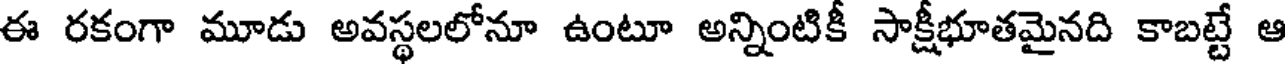
ఈ రకంగా మూడు అవస్థలలోనూ ఉంటూ అన్నింటికీ సాక్షీభూతమైనది కాబట్టే ఆ